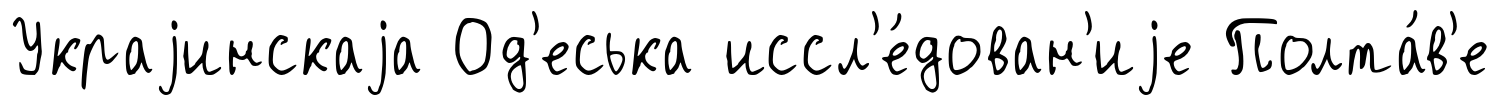
Украjинскаjа Од'еська иссл'е́дован'иjе Полта́в'е